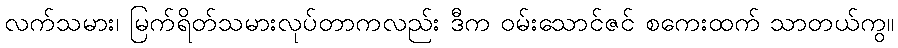
လက်သမား၊ မြက်ရိတ်သမားလုပ်တာကလည်း ဒီက ဝမ်းသောင်ဇင် စကေးထက် သာတယ်ကွ။